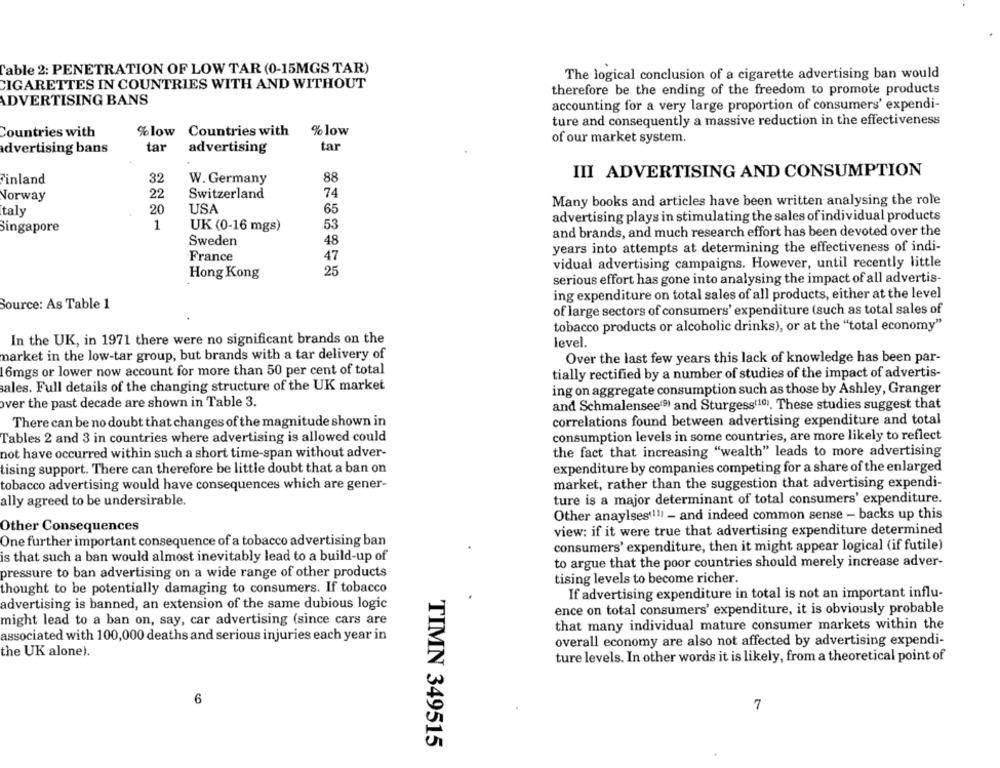
Cable 2: PENETRATION OF LOW TAR (0-15MGS TAR)
The logical conclusion of a cigarette advertising ban would
CIGARETTES IN COUNTRIES WITH AND WITHOUT
therefore be the ending of the freedom to promote products
ADVERTISING BANS
accounting for a very large proportion of consumers' expendi-
ture and consequently a massive reduction in the effectiveness
Countries with
% low
Countries with
% low
of our market system.
tar
advertising bans
tar
advertising
III ADVERTISING AND CONSUMPTION
Finland
32
W. Germany
88
Norway
22
Switzerland
74
Many books and articles have been written analysing the role
taly
20
USA
65
advertising plays in stimulating the sales of individual products
Singapore
1
UK (0-16 mgs)
53
and brands, and much research effort has been devoted over the
Sweden
48
years into attempts at determining the effectiveness of indi-
France
47
vidual advertising campaigns. However, until recently little
Hong Kong
25
serious effort has gone into analysing the impact of all advertis-
ing expenditure on total sales of all products, either at the level
Source: As Table 1
of large sectors of consumers' expenditure (such as total sales of
tobacco products or alcoholic drinks), or at the "total economy"
In the UK, in 1971 there were no significant brands on the
level.
market in the low-tar group, but brands with a tar delivery of
Over the last few years this lack of knowledge has been par-
16mgs or lower now account for more than 50 per cent of total
tially rectified by a number of studies of the impact of advertis-
ales. Full details of the changing structure of the UK market
ing on aggregate consumption such as those by Ashley, Granger
over the past decade are shown in Table 3.
and Schmalensee(9) and Sturgess(10). These studies suggest that
There can be no doubt that changes of the magnitude shown in
correlations found between advertising expenditure and total
Tables 2 and 3 in countries where advertising is allowed could
consumption levels in some countries, are more likely to reflect
not have occurred within such a short time-span without adver-
the fact that increasing "wealth" leads to more advertising
tising support. There can therefore be little doubt that a ban on
expenditure by companies competing for a share of the enlarged
tobacco advertising would have consequences which are gener-
market, rather than the suggestion that advertising expendi-
ture is a major determinant of total consumers' expenditure.
ally agreed to be undersirable.
Other anaylses(11) - and indeed common sense - backs up this
Other Consequences
view: if it were true that advertising expenditure determined
One further important consequence of a tobacco advertising ban
consumers' expenditure, then it might appear logical (if futile)
is that such a ban would almost inevitably lead to a build-up of
to argue that the poor countries should merely increase adver-
pressure to ban advertising on a wide range of other products
tising levels to become richer.
thought to be potentially damaging to consumers. If tobacco
If advertising expenditure in total is not an important influ-
advertising is banned, an extension of the same dubious logic
ence on total consumers' expenditure, it is obviously probable
might lead to a ban on, say, car advertising (since cars are
that many individual mature consumer markets within the
associated with 100,000 deaths and serious injuries each year in
overall economy are also not affected by advertising expendi-
the UK alone).
ture levels. In other words it is likely, from a theoretical point of
6
7
TIMN 349515